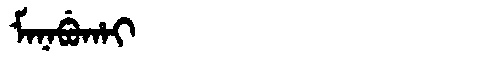
Manchu: ᠮᠠᠨᠠᠪᡠᡥᠠᡳ
Romanization: MANABUHAI